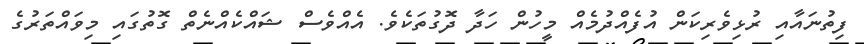
ފިތުނައާއި ރުޅިވެރިކަން އުފެއްދުމެއް މީހުން ހަދާ ދޮގުތަކެވެ. އެއްވެސް ޝައްކެއްނެތް ގޮތުގައި މިވައްތަރުގެ